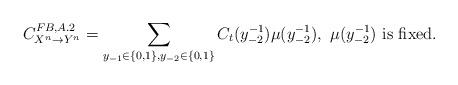
LaTeX: \begin{align*}C^{FB,A.2}_{X^n\rightarrow{Y^n}}=\sum_{y_{-1}\in\{0,1\},y_{-2}\in\{0,1\}}C_t(y^{-1}_{-2})\mu(y_{-2}^{-1}),~\mu(y_{-2}^{-1})~\mbox{is fixed}.\end{align*}